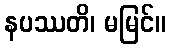
နပဿတိ၊ မမြင်။